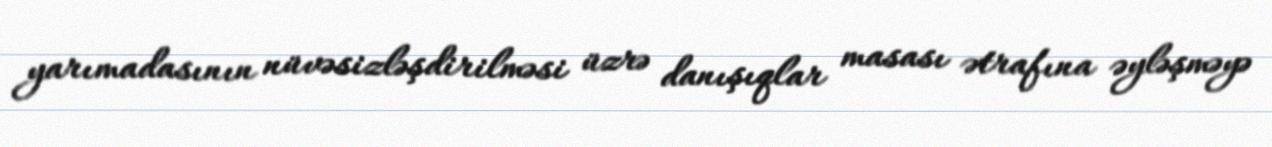
yarımadasının nüvəsizləşdirilməsi üzrə danışıqlar masası ətrafına əyləşməyə